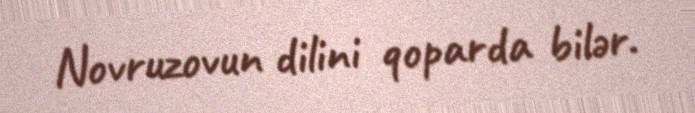
Novruzovun dilini qoparda bilər.